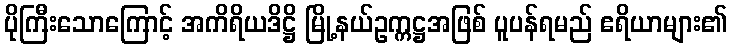
ပိုကြီးသောကြောင့် အကိရိယဒိဋ္ဌိ မြို့နယ်ဥက္ကဋ္ဌအဖြစ် ပူပန်ရမည် ဧရိယာများ၏